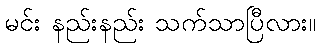
မင်း နည်းနည်း သက်သာပြီလား။